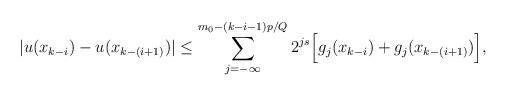
LaTeX: \begin{align*}\vert u(x_{k-i})-u(x_{k-(i+1)})\vert\leq \sum_{j=-\infty}^{m_0-(k-i-1)p/Q}2^{js}\Big[g_j(x_{k-i})+g_j(x_{k-(i+1)})\Big],\end{align*}